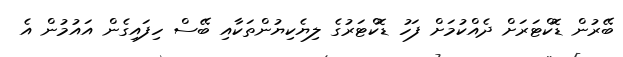
ބޭރުން ޑޮކްޓަރަށް ދެއްކުމަށް ފަހު ޑޮކްޓަރުގެ ލިޔެކިޔުންތަކާއި ބޭސް ހިފައިގެން އައުމުން އެ